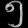
Digit: ၅